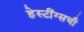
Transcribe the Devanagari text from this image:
हेस्टींग्सची